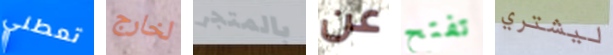
تعطني لخارج بالمتجر عن تفتح ليشتري